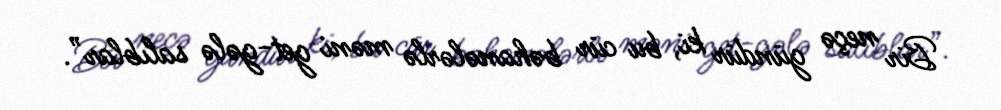
Bir neçə gündür ki, bu cür bəhanələrlə məni get-gələ salıblar”.